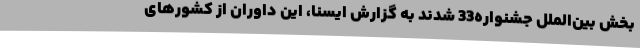
بخش بین‌الملل جشنواره33 شدند به گزارش ایسنا، این داوران از کشورهای